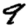
Digit: 9